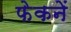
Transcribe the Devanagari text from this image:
फेकनें